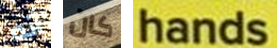
أنه كان hands